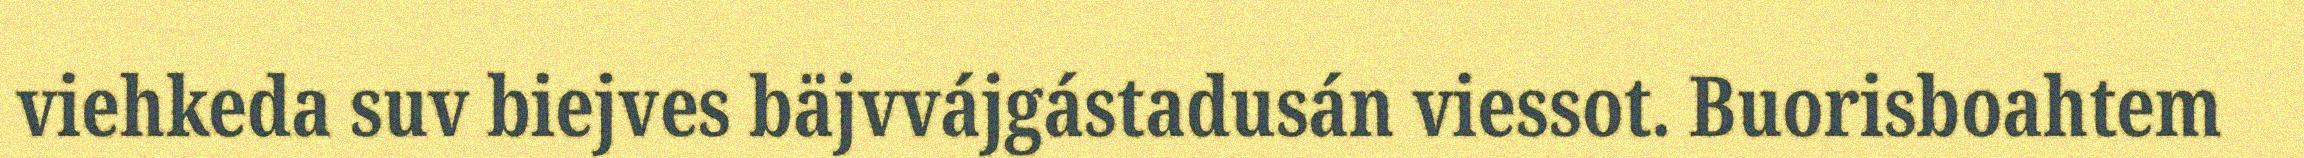
viehkeda suv biejves bäjvvájgástadusán viessot. Buorisboahtem